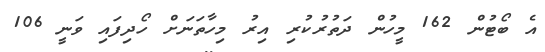
އެ ބޯޓުން 162 މީހުން ދަތުރުކުރި އިރު މިހާތަނަށް ހޯދިފައި ވަނީ 106